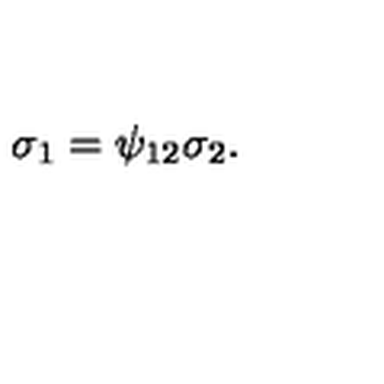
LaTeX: \sigma _ { 1 } = \psi _ { 1 2 } \sigma _ { 2 } .